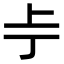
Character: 𫠢